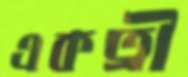
একত্রী